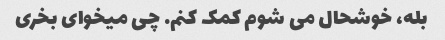
بله، خوشحال می شوم کمک کنم. چی میخوای بخری